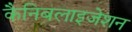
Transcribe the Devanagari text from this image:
कैनिबलाइजेशन